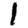
Digit: 1